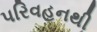
પરિવહનથી